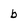
Character: b